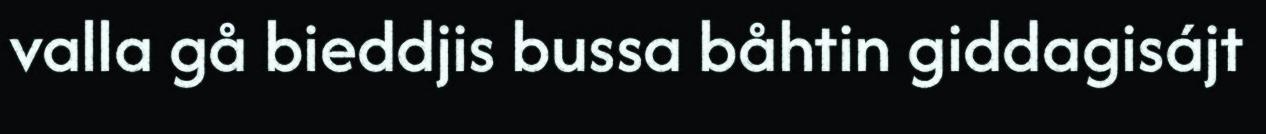
valla gå bieddjis bussa båhtin giddagisájt